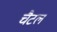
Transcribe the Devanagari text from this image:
चैटल